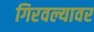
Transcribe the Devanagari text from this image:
गिरवल्यावर